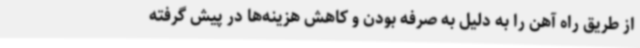
از طریق راه آهن را به دلیل به صرفه بودن و کاهش هزینه‌ها در پیش گرفته